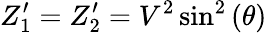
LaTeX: Z_{1}^{\prime}=Z_{2}^{\prime}=V^{2}\sin^{2}\left(\theta\right)